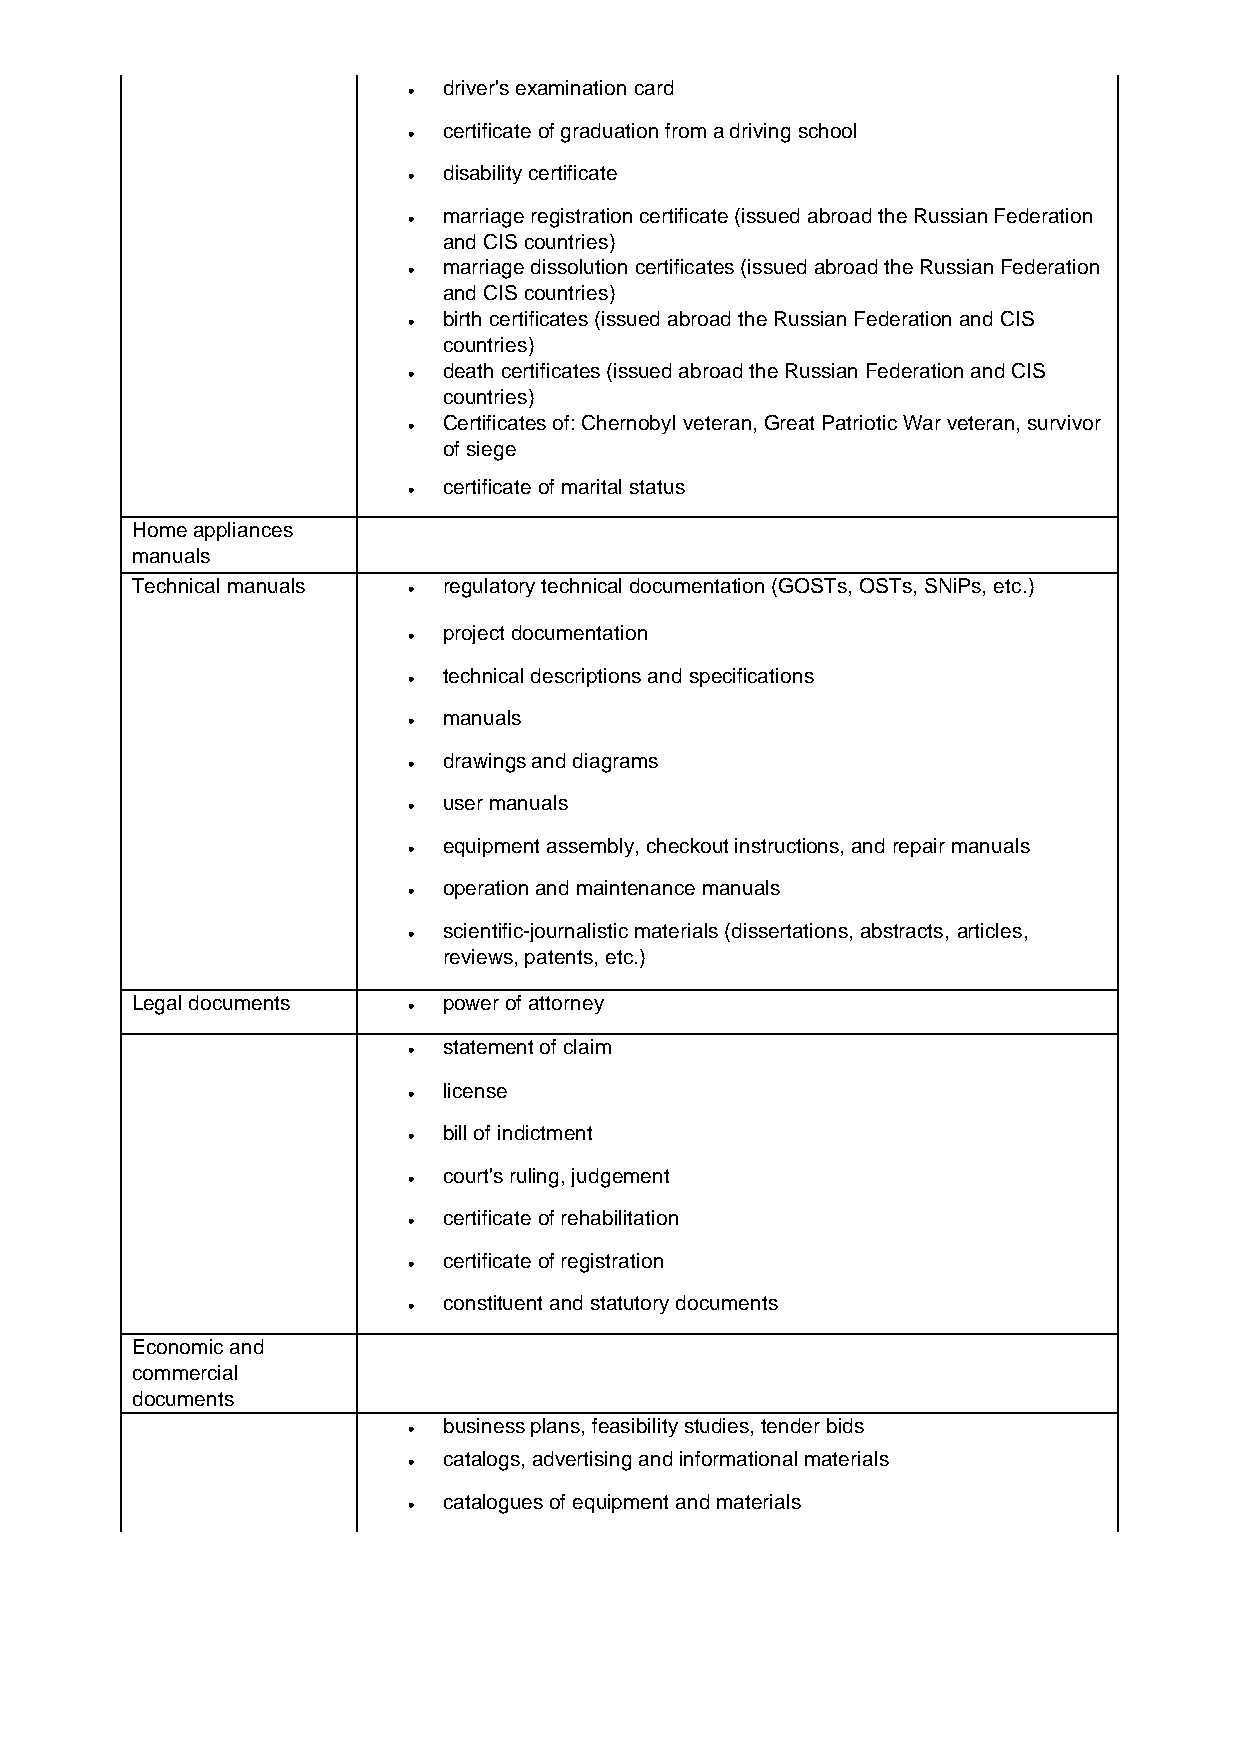
• driver's examination card
 • certificate of graduation from a driving school
 • disability certificate
 • marriage registration certificate (issued abroad the Russian Federation
 and CIS countries)
 • marriage dissolution certificates (issued abroad the Russian Federation
 and CIS countries)
 • birth certificates (issued abroad the Russian Federation and CIS
 countries)
 • death certificates (issued abroad the Russian Federation and CIS
 countries)
 • Certificates of: Chernobyl veteran, Great Patriotic War veteran, survivor
 of siege
 • certificate of marital status
 Home appliances
 manuals
 Technical manuals • regulatory technical documentation (GOSTs, OSTs, SNiPs, etc.)
 • project documentation
 • technical descriptions and specifications
 • manuals
 • drawings and diagrams
 • user manuals
 • equipment assembly, checkout instructions, and repair manuals
 • operation and maintenance manuals
 • scientific-journalistic materials (dissertations, abstracts, articles,
 reviews, patents, etc.)
 Legal documents   • power of attorney
 • statement of claim
 • license
 • bill of indictment
 • court's ruling, judgement
 • certificate of rehabilitation
 • certificate of registration
 • constituent and statutory documents
 Economic and
 commercial
 documents
 • business plans, feasibility studies, tender bids
 • catalogs, advertising and informational materials
 • catalogues of equipment and materials